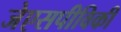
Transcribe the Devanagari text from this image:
जेएसपीविकी